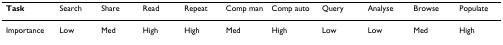
<table><thead><tr><td><b>Task</b></td><td><b>Search</b></td><td><b>Share</b></td><td><b>Read</b></td><td><b>Repeat</b></td><td><b>Comp man</b></td><td><b>Comp auto</b></td><td><b>Query</b></td><td><b>Analyse</b></td><td><b>Browse</b></td><td><b>Populate</b></td></tr></thead><tbody><tr><td>Importance</td><td>Low</td><td>Med</td><td>High</td><td>High</td><td>Med</td><td>High</td><td>Low</td><td>Low</td><td>Med</td><td>High</td></tr></tbody></table>